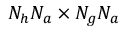
N _ { h } N _ { a } \times N _ { g } N _ { a }